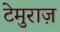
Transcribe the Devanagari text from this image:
टेमुराज़